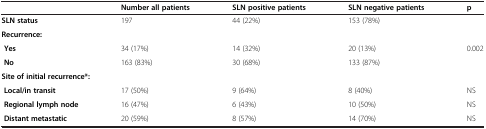
|  | Number all patients | SLN positive patients | SLN negative patients | p |
 | --- | --- | --- | --- | --- |
 | SLN status | 197 | 44 (22%) | 153 (78%) |  |
 | <COLSPAN=5> Recurrence: |
 | Yes | 34 (17%) | 14 (32%) | 20 (13%) | 0.002 |
 | No | 163 (83%) | 30 (68%) | 133 (87%) |  |
 | <COLSPAN=5> Site of initial recurrence*: |
 | Local/in transit | 17 (50%) | 9 (64%) | 8 (40%) | NS |
 | Regional lymph node | 16 (47%) | 6 (43%) | 10 (50%) | NS |
 | Distant metastatic | 20 (59%) | 8 (57%) | 14 (70%) | NS |